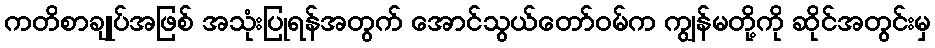
ကတိစာချုပ်အဖြစ် အသုံးပြုရန်အတွက် အောင်သွယ်တော်ဝမ်က ကျွန်မတို့ကို ဆိုင်အတွင်းမှ